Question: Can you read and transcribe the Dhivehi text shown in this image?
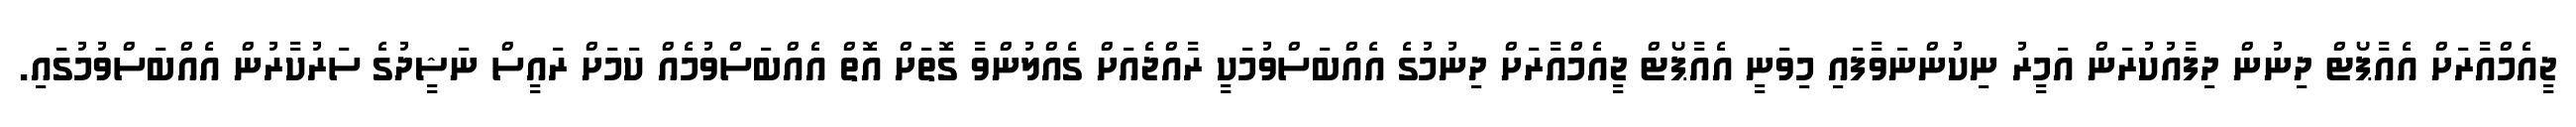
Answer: ޖީއެމްއާރަށް އެއާޕޯޓް ދިނުން ދިފާއުކުރަން އަމީރު ނިކުންނަވާފައި މިވަނީ އެއާޕޯޓް ޖީއެމްއާރަށް ދިނުމުގެ އެއްބަސްވުމަކީ ރާއްޖެއަށް ގެއްލުންވާ ގޮތަށް އޮތް އެއްބަސްވުމެއް ކަމަށް ރައީސް ނަޝީދުގެ ސަރުކާރުން އެއްބަސްވުމުގައި.